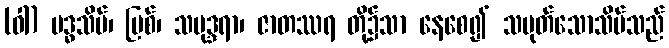
(ဝါ) ဗဒ္ဓသိမ်၊ မြစ်၊ သမုဒ္ဒရာ၊ ဇာတဿရ တို့၌သာ နေစေ၍ သမုတ်သောသိမ်သည်